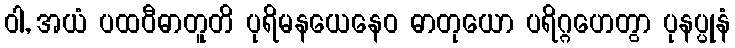
ဝါ, အယံ ပထဝီဓာတူတိ ပုရိမနယေနေဝ ဓာတုယော ပရိဂ္ဂဟေတွာ ပုနပ္ပုနံ